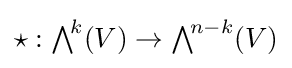
\star :{\textstyle \bigwedge }^{\!k}(V)\rightarrow {\textstyle \bigwedge }^{\!n-k}(V)